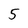
Character: 5